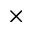
\times